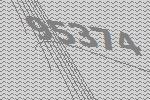
95374